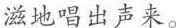
滋地唱出声来。